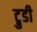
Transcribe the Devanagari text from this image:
ट्रुडी